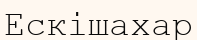
Ескішахар